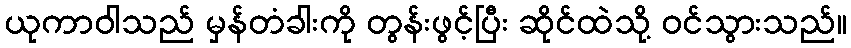
ယုကာဝါသည် မှန်တံခါးကို တွန်းဖွင့်ပြီး ဆိုင်ထဲသို့ ဝင်သွားသည်။